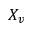
X _ { v }